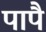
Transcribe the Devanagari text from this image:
पापै